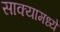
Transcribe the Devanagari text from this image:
साक्यामध्ये